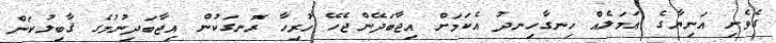
ގެވެށި އަނިޔާގެ ޢަމަލެއް ހިނގާހިނދު އެކަމަށް އިޖާބަދޭންޖެހޭ ހުރިހާ ރޮނގަކުން އިޖާބަދިނުމުގެ ޤާބިލުކަން